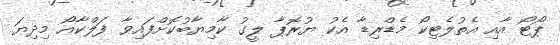
ޕޯޓޯ އާއި އެތުލެޓިކޯ މެޑްރިޑާ އެކު ޔުރޮޕާ ލީގު ކާމިޔާބުކޮށްފައިވާ ފަލްކާއޯ މިދިޔަ